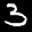
Label: 3